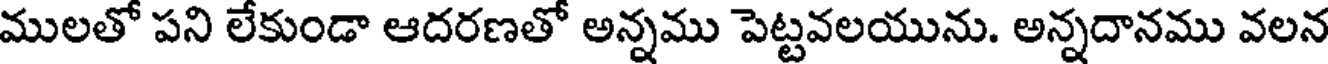
ములతో పని లేకుండా ఆదరణతో అన్నము పెట్టవలయును. అన్నదానము వలన